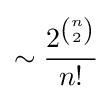
\sim {\frac {2^{n \choose 2}}{n!}}